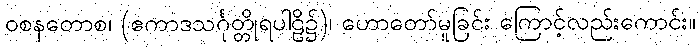
ဝစနတောစ၊ (ဧကာဒသင်္ဂုတ္တိုရပါဠိ၌)၊ ဟောတော်မူခြင်း ကြောင့်လည်းကောင်း။